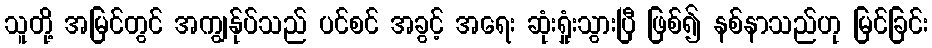
သူတို့ အမြင်တွင် အကျွန်ုပ်သည် ပင်စင် အခွင့် အရေး ဆုံးရှုံးသွားပြီ ဖြစ်၍ နစ်နာသည်ဟု မြင်ခြင်း